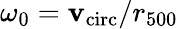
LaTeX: \omega_{0}=\mathbf{v}_{\mathrm{{circ}}}/r_{500}